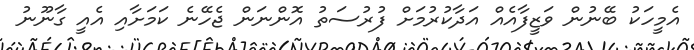
އެމީހަކު ބޭނުން ވަޒީފާއެއް އަދާކުރުމަށް ފުރުސަތު އޮންނަން ޖެހޭނެ ކަމަށާއި އެއީ ގާނޫނު